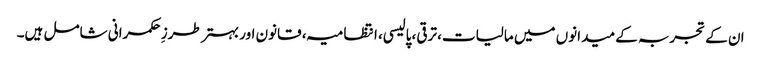
ان کے تجربہ کے میدانوں میں مالیات، ترقی، پالیسی، انتظامیہ، قانون اور بہتر طرزِ حکمرانی شامل ہیں۔